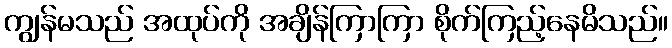
ကျွန်မသည် အထုပ်ကို အချိန်ကြာကြာ စိုက်ကြည့်နေမိသည်။